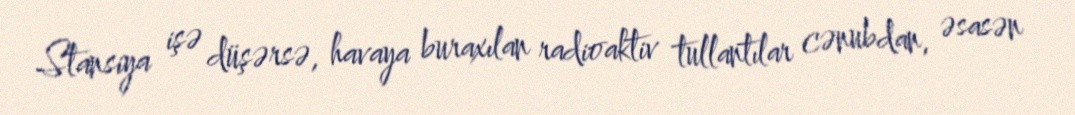
Stansiya işə düşərsə, havaya buraxılan radioaktiv tullantılar cənubdan, əsasən